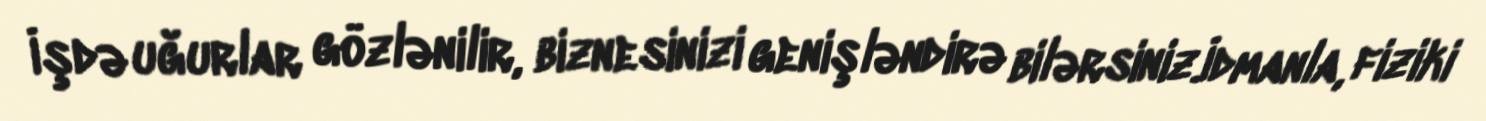
İşdə uğurlar gözlənilir, biznesinizi genişləndirə bilərsiniz.İdmanla, fiziki